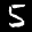
Label: 5